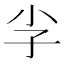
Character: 𮱡